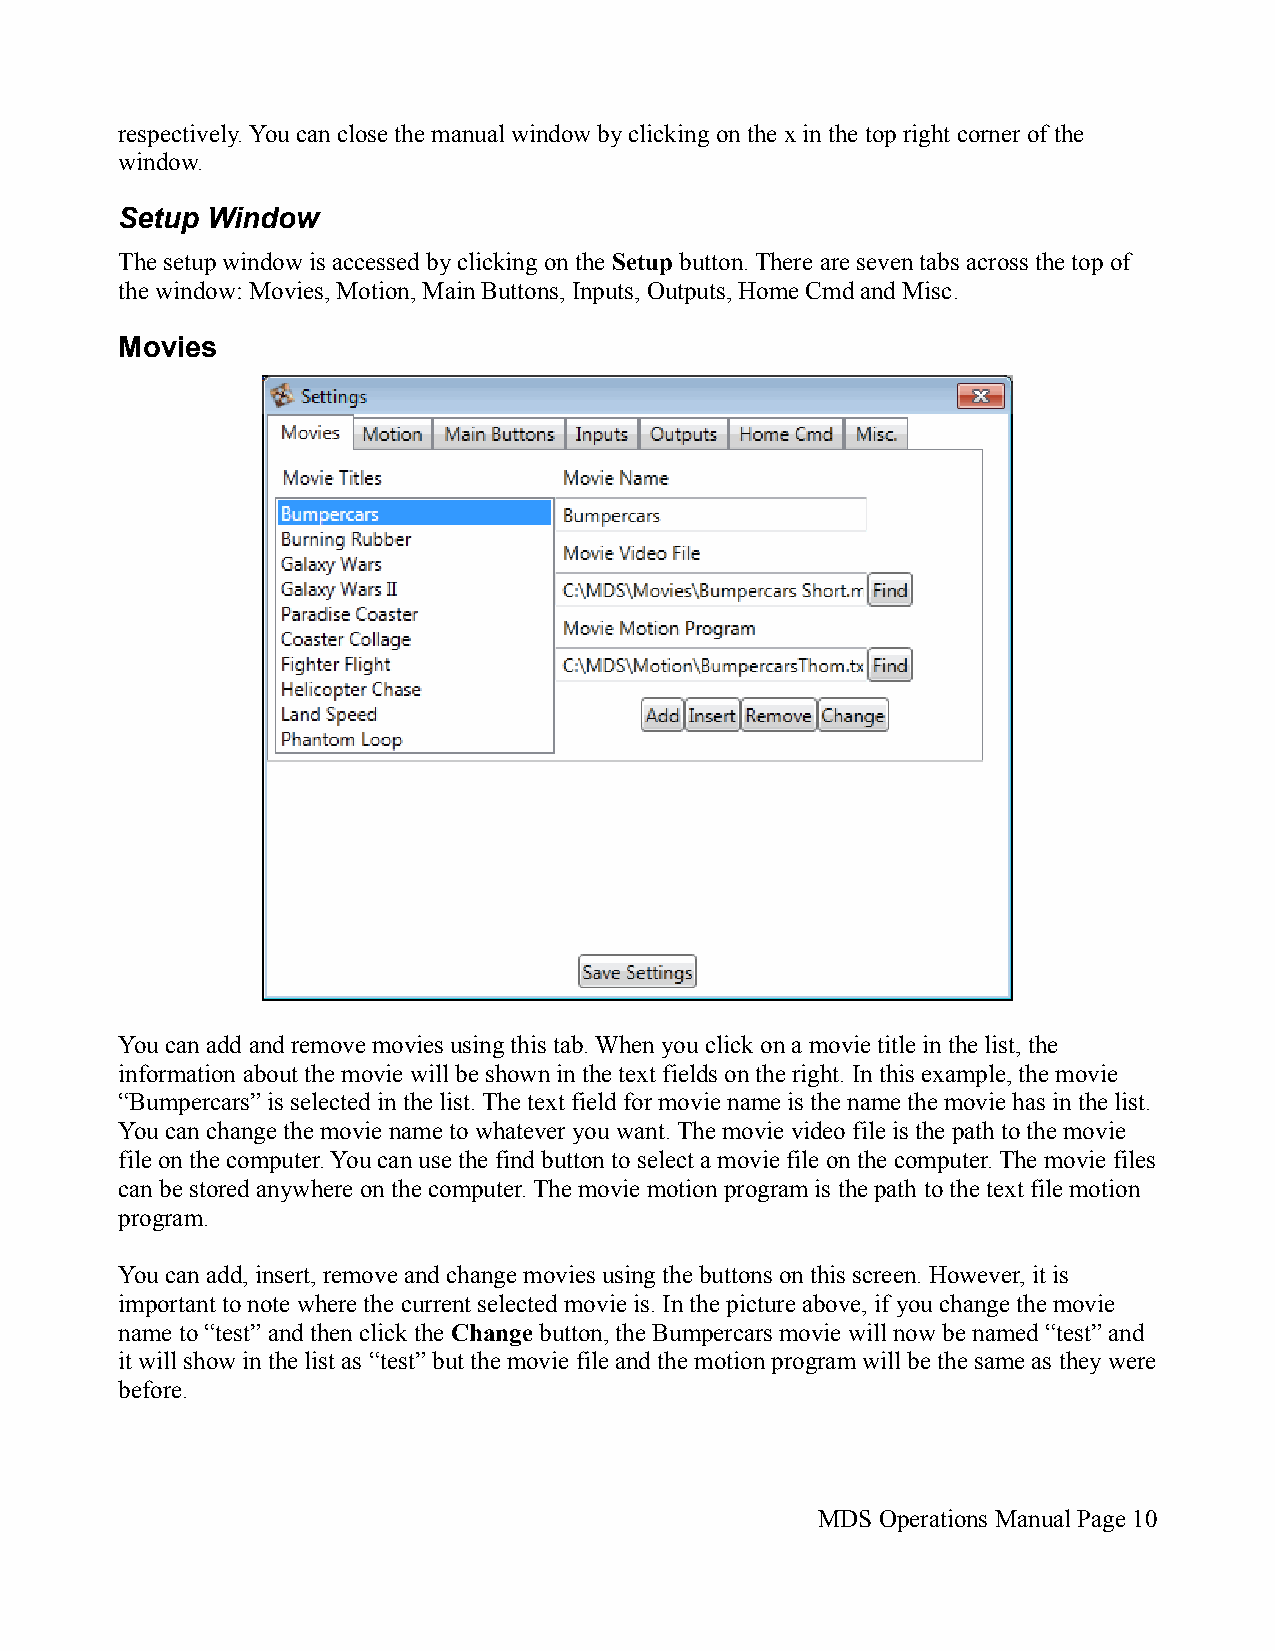
respectively. You can close the manual window by clicking on the x in the top right corner of the
 window.
 Setup Window
 The setup window is accessed by clicking on the Setup button. There are seven tabs across the top of
 the window: Movies, Motion, Main Buttons, Inputs, Outputs, Home Cmd and Misc.
 Movies
 You can add and remove movies using this tab. When you click on a movie title in the list, the
 information about the movie will be shown in the text fields on the right. In this example, the movie
 “Bumpercars” is selected in the list. The text field for movie name is the name the movie has in the list.
 You can change the movie name to whatever you want. The movie video file is the path to the movie
 file on the computer. You can use the find button to select a movie file on the computer. The movie files
 can be stored anywhere on the computer. The movie motion program is the path to the text file motion
 program.
 You can add, insert, remove and change movies using the buttons on this screen. However, it is
 important to note where the current selected movie is. In the picture above, if you change the movie
 name to “test” and then click the Change button, the Bumpercars movie will now be named “test” and
 it will show in the list as “test” but the movie file and the motion program will be the same as they were
 before.
 MDS Operations Manual Page 10